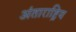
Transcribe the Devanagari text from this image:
अंताराष्ट्रिय